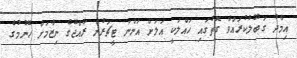
އިމާދު ގަބޫލުކުރައްވާ ގޮތުގައި ހައްލަކީ އަލަށް އަންނަ ޓީޗަރުން ރާއްޖޭގެ ނިޒާމަށް ހޭނުމުގެ